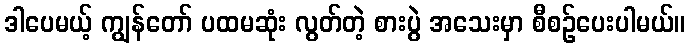
ဒါပေမယ့် ကျွန်တော် ပထမဆုံး လွတ်တဲ့ စားပွဲ အသေးမှာ စီစဉ်ပေးပါမယ်။